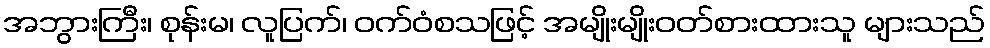
အဘွားကြီး၊ စုန်းမ၊ လူပြက်၊ ဝက်ဝံစသဖြင့် အမျိုးမျိုးဝတ်စားထားသူ များသည်